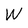
Character: W